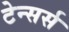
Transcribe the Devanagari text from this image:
टेन्सर्स